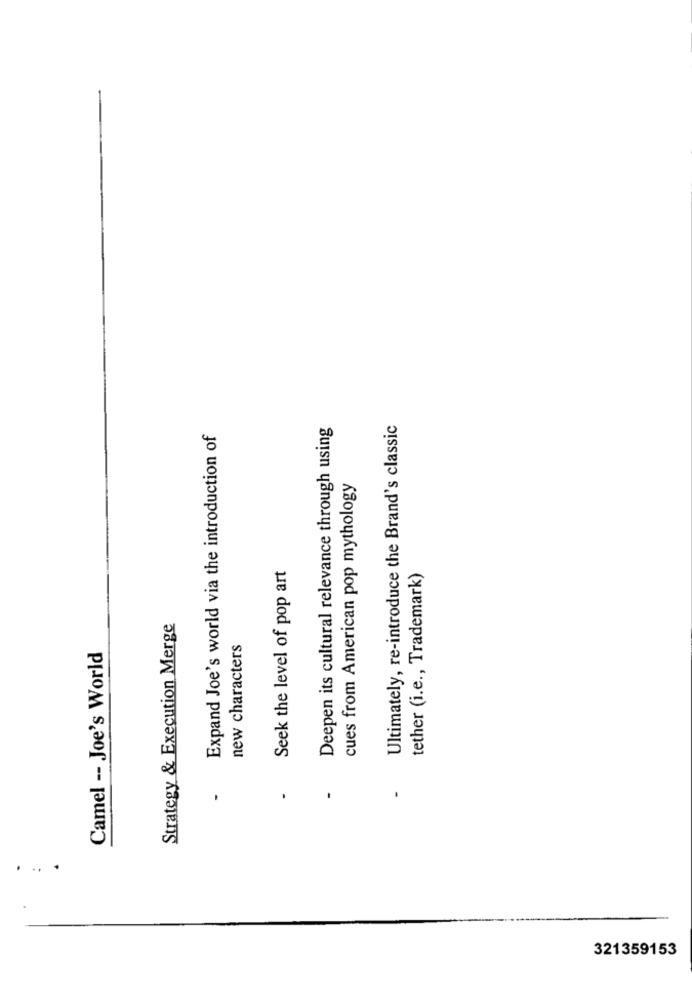
Deepen its cultural relevance through using
Ultimately, re-introduce the Brand's classic
Expand Joe's world via the introduction of
cues from American pop mythology
Seek the level of pop art
tether (i.e ., Trademark)
Strategy & Execution Merge
new characters
Camel -- Joe's World
.
....
321359153